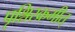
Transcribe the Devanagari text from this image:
पृश्निरक्रमीत्